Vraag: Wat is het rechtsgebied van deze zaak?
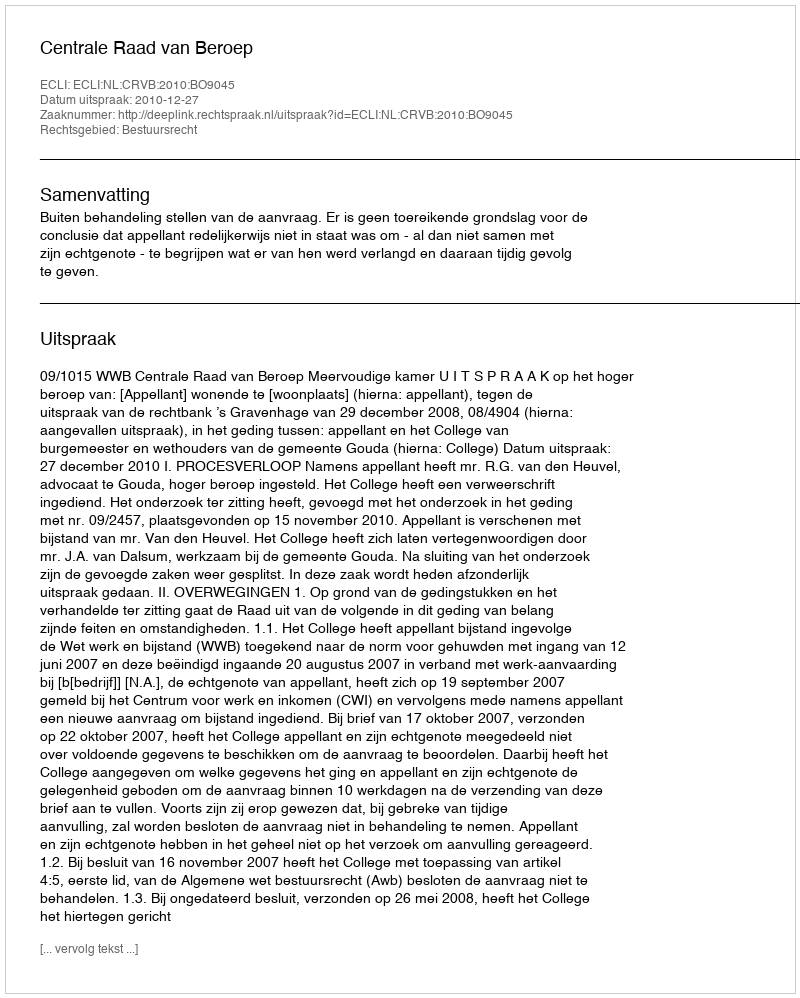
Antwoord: Bestuursrecht